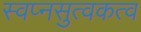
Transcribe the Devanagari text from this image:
स्वप्नसुत्वकत्व